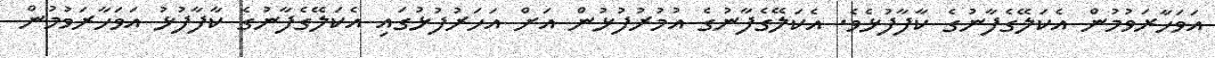
އަވަހާރަވުމުން އެކަލޭގެފާނުގެ ކާފާފުޅެވެ. އެކަލޭގެފާނުގެ އުމުރުފުޅުން އަށް އަހަރުފުޅުގައި އެކަލޭގެފާނުގެ ކާފާފުޅު އަވަހާރަވުމުން